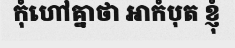
កុំហៅគ្នាថា អាកំបុត ខ្ញុំ